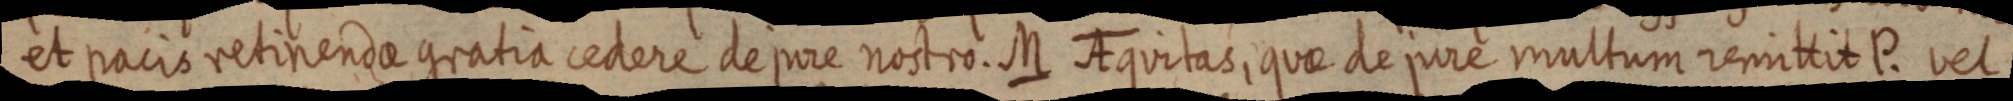
et pacis retinendae gratia cedere de jure nostro. M AEquitas, quae de pire multum remittit P. vel